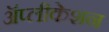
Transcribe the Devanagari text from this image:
ॲप्लीकेशन